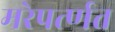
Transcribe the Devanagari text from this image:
मरेपर्त्णत